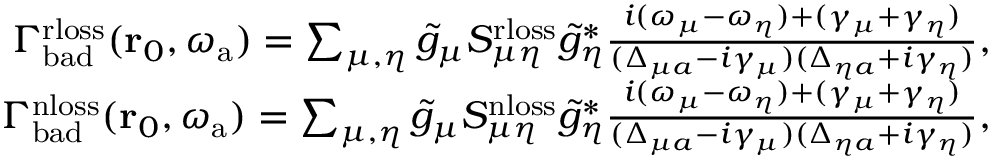
\begin{array} { r } { \Gamma _ { \mathrm { b a d } } ^ { \mathrm { r l o s s } } ( \mathbf { r } _ { 0 } , { \omega _ { \mathrm { a } } } ) = \sum _ { \mu , \eta } \tilde { g } _ { \mu } S _ { \mu \eta } ^ { \mathrm { r l o s s } } \tilde { g } _ { \eta } ^ { * } \frac { i ( \omega _ { \mu } - \omega _ { \eta } ) + ( \gamma _ { \mu } + \gamma _ { \eta } ) } { ( \Delta _ { \mu a } - i \gamma _ { \mu } ) ( \Delta _ { \eta a } + i \gamma _ { \eta } ) } , } \\ { \Gamma _ { \mathrm { b a d } } ^ { \mathrm { n l o s s } } ( \mathbf { r } _ { 0 } , { \omega _ { \mathrm { a } } } ) = \sum _ { \mu , \eta } \tilde { g } _ { \mu } S _ { \mu \eta } ^ { \mathrm { n l o s s } } \tilde { g } _ { \eta } ^ { * } \frac { i ( \omega _ { \mu } - \omega _ { \eta } ) + ( \gamma _ { \mu } + \gamma _ { \eta } ) } { ( \Delta _ { \mu a } - i \gamma _ { \mu } ) ( \Delta _ { \eta a } + i \gamma _ { \eta } ) } , } \end{array}